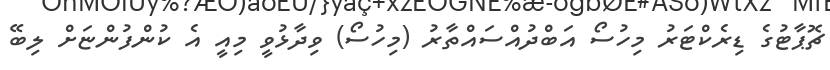
ޗޮޕާޓުގެ ޑިރެކްޓަރު މިހުސޯ އަބްދުއްސައްތާރު (މިހުސޯ) ވިދާޅުވީ މިއީ އެ ކުންފުންޏަށް ލިބޭ